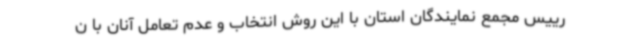
رییس مجمع نمایندگان استان با این روش انتخاب و عدم تعامل آنان با ن